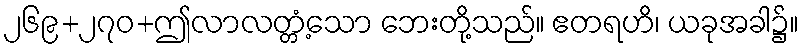
၂၆၉+၂၇၀+ဤလာလတ္တံ့သော ဘေးတို့သည်။ ဧတရဟိ၊ ယခုအခါ၌။